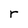
Character: r